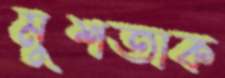
মুশতাক